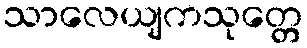
သာလေယျကသုတ္တေ